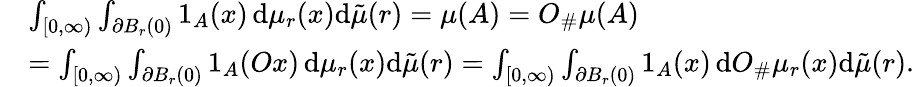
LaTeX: \begin{array}{rl}&{\int_{[0,\infty)}\int_{\partial B_{r}(0)}1_{A}(x)\, \mathrm{d}\mu_{r}(x)\mathrm{d}\tilde{\mu}(r)=\mu(A)=O_{\# }\mu(A)}\\ &{=\int_{[0,\infty)}\int_{\partial B_{r}(0)}1_{A}(Ox)\, \mathrm{d}\mu_{r}(x)\mathrm{d}\tilde{\mu}(r)=\int_{[0,\infty)}\int_{\partial B_{r}(0)}1_{A}(x)\, \mathrm{d}O_{\# }\mu_{r}(x)\mathrm{d}\tilde{\mu}(r).}\end{array}